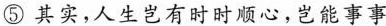
⑤其实，人生岂有时时顺心，岂能事事